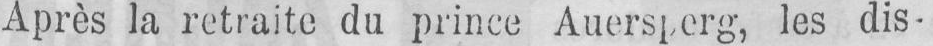
les dis-